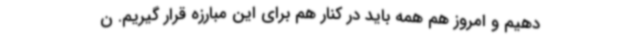
دهیم و امروز هم همه باید در کنار هم برای این مبارزه قرار گیریم. ن